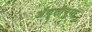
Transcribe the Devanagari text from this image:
अँगूठीनुमा